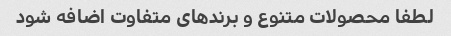
لطفا محصولات متنوع و برندهای متفاوت اضافه شود